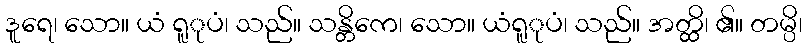
ဒူရေ၊ သော။ ယံ ရူုပံ၊ သည်။ သန္တိကေ၊ သော။ ယံရူုပံ၊ သည်။ အတ္ထိ၊ ၏။ တမ္ပိ၊